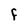
Character: F